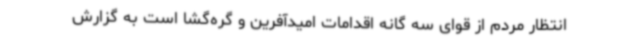
انتظار مردم از قوای سه گانه اقدامات امیدآفرین و گره‌گشا است به گزارش